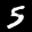
Label: 5